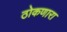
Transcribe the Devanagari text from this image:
ठोकणारा